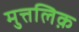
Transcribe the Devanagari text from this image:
मुत्तलिक़